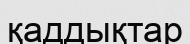
қаддықтар